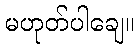
မဟုတ်ပါချေ။